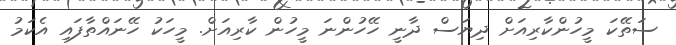
ސަތޭކަ މީހުންކާރިއަށް ދިޔަސް ދާނީ ހޭހުންނަ މީހުން ކާރިއަށް. މީހަކު ހޭނައްތާފައި އެކަމު